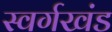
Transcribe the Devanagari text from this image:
स्वर्गखंड